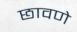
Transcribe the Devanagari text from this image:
छावणे